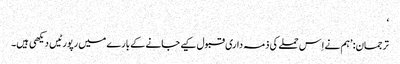
‘
ترجمان: ’ہم نے اِس حملے کی ذمہ داری قبول کیے جانے کے بارے میں رپورٹیں دیکھی ہیں۔